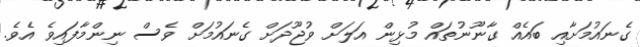
ގެނައުމަށާއި ބައެއް ގާނޫނުތައް މުޅިން އަލަށް ވުޖޫދަށް ގެނައުމަށް ވެސް ނިންމާފައިވެ އެވެ.